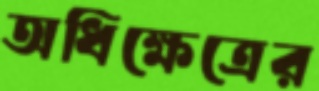
অধিক্ষেত্রের